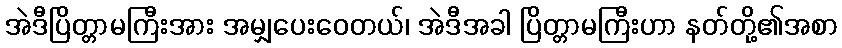
အဲဒီပြိတ္တာမကြီးအား အမျှပေးဝေတယ်၊ အဲဒီအခါ ပြိတ္တာမကြီးဟာ နတ်တို့၏အစာ